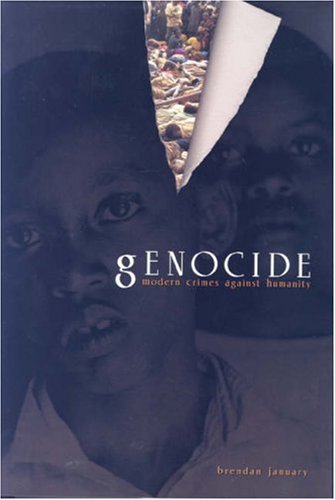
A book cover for Genocide: Modern Crimes Against Humanity; Brendan January; Teen & Young Adult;